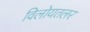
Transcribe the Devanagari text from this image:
विलोयतलर